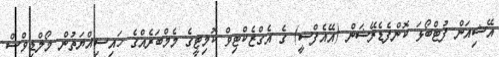
އޭޝިއަން ފުޓްބޯޅަ ކޮންފެޑެރޭޝަން (އޭއެފްސީ) ގެ އެގްޒެކްޓިވް ކޮމިޓީގެ މެމްބަރެއްގެ ހައިސިއްޔަތުން މޯލްޑިވްސް